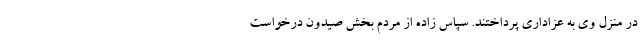
در منزل وی به عزاداری پرداختند. سپاس زاده از مردم بخش صیدون درخواست